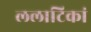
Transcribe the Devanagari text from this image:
ललाटिकां